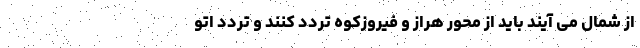
از شمال می آیند باید از محور هراز و فیروزکوه تردد کنند و تردد اتو